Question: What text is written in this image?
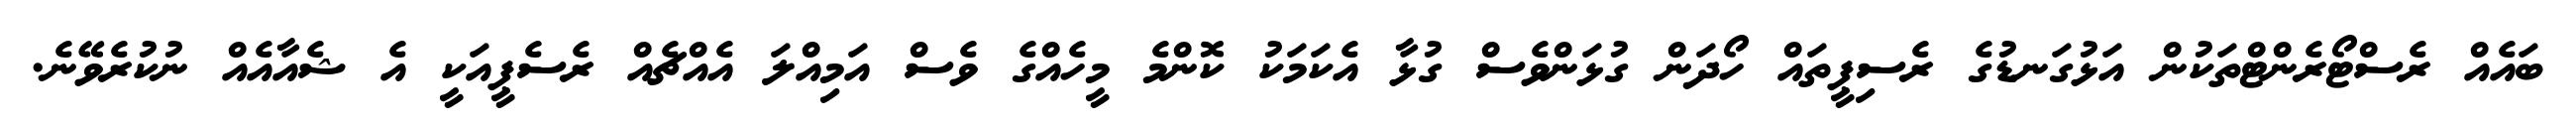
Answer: ބައެއް ރެސްޓޯރެންޓްތަކުން އަޅުގަނޑުގެ ރެސިޕީތައް ހޯދަން ގުޅަންވެސް ގުޅާ އެކަމަކު ކޮންމެ މީހެއްގެ ވެސް އަމިއްލަ އެއްޗެއް ރެސެޕީއަކީ އެ ޝެއާއެއް ނުކުރެވޭނެ.